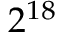
2 ^ { 1 8 }